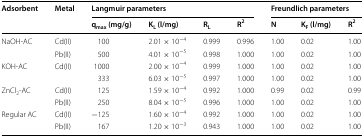
| <ROWSPAN=2> Adsorbent | <ROWSPAN=2> Metal | <COLSPAN=4> Langmuir parameters | <COLSPAN=3> Freundlich parameters |
 | qmax (mg/g) | KL (l/mg) | RL | R2 | N | KF (l/mg) | R2 |
 | --- | --- | --- | --- | --- | --- | --- | --- | --- |
 | <ROWSPAN=2> NaOH-AC | Cd(II) | 100 | 2.01 × 10−4 | 0.999 | 0.996 | 1.00 | 0.02 | 1.00 |
 | Pb(II) | 500 | 4.01 × 10−5 | 0.998 | 1.000 | 1.00 | 0.02 | 1.00 |
 | <ROWSPAN=2> KOH-AC | Cd(II) | 1000 | 2.00 × 10−4 | 0.999 | 1.000 | 1.00 | 0.02 | 1.00 |
 |  | 333 | 6.03 × 10−5 | 0.997 | 1.000 | 1.00 | 0.02 | 1.00 |
 | <ROWSPAN=2> ZnCl2-AC | Cd(II) | 125 | 1.59 × 10−4 | 0.992 | 1.000 | 0.99 | 0.02 | 0.99 |
 | Pb(II) | 250 | 8.04 × 10−5 | 0.996 | 1.000 | 1.00 | 0.02 | 1.00 |
 | <ROWSPAN=2> Regular AC | Cd(II) | −125 | 1.60 × 10−4 | 0.992 | 1.000 | 1.00 | 0.02 | 1.00 |
 | Pb(II) | 167 | 1.20 × 10−3 | 0.943 | 1.000 | 1.00 | 0.02 | 1.00 |